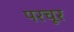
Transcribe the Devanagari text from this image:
परचूर